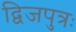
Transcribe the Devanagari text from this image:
द्विजपुत्रः